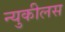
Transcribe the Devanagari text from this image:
न्युकीलस